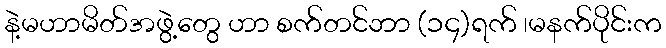
နဲ့မဟာမိတ်အဖွဲ့တွေ ဟာ စက်တင်ဘာ (၁၄)ရက် ၊မနက်ပိုင်းက